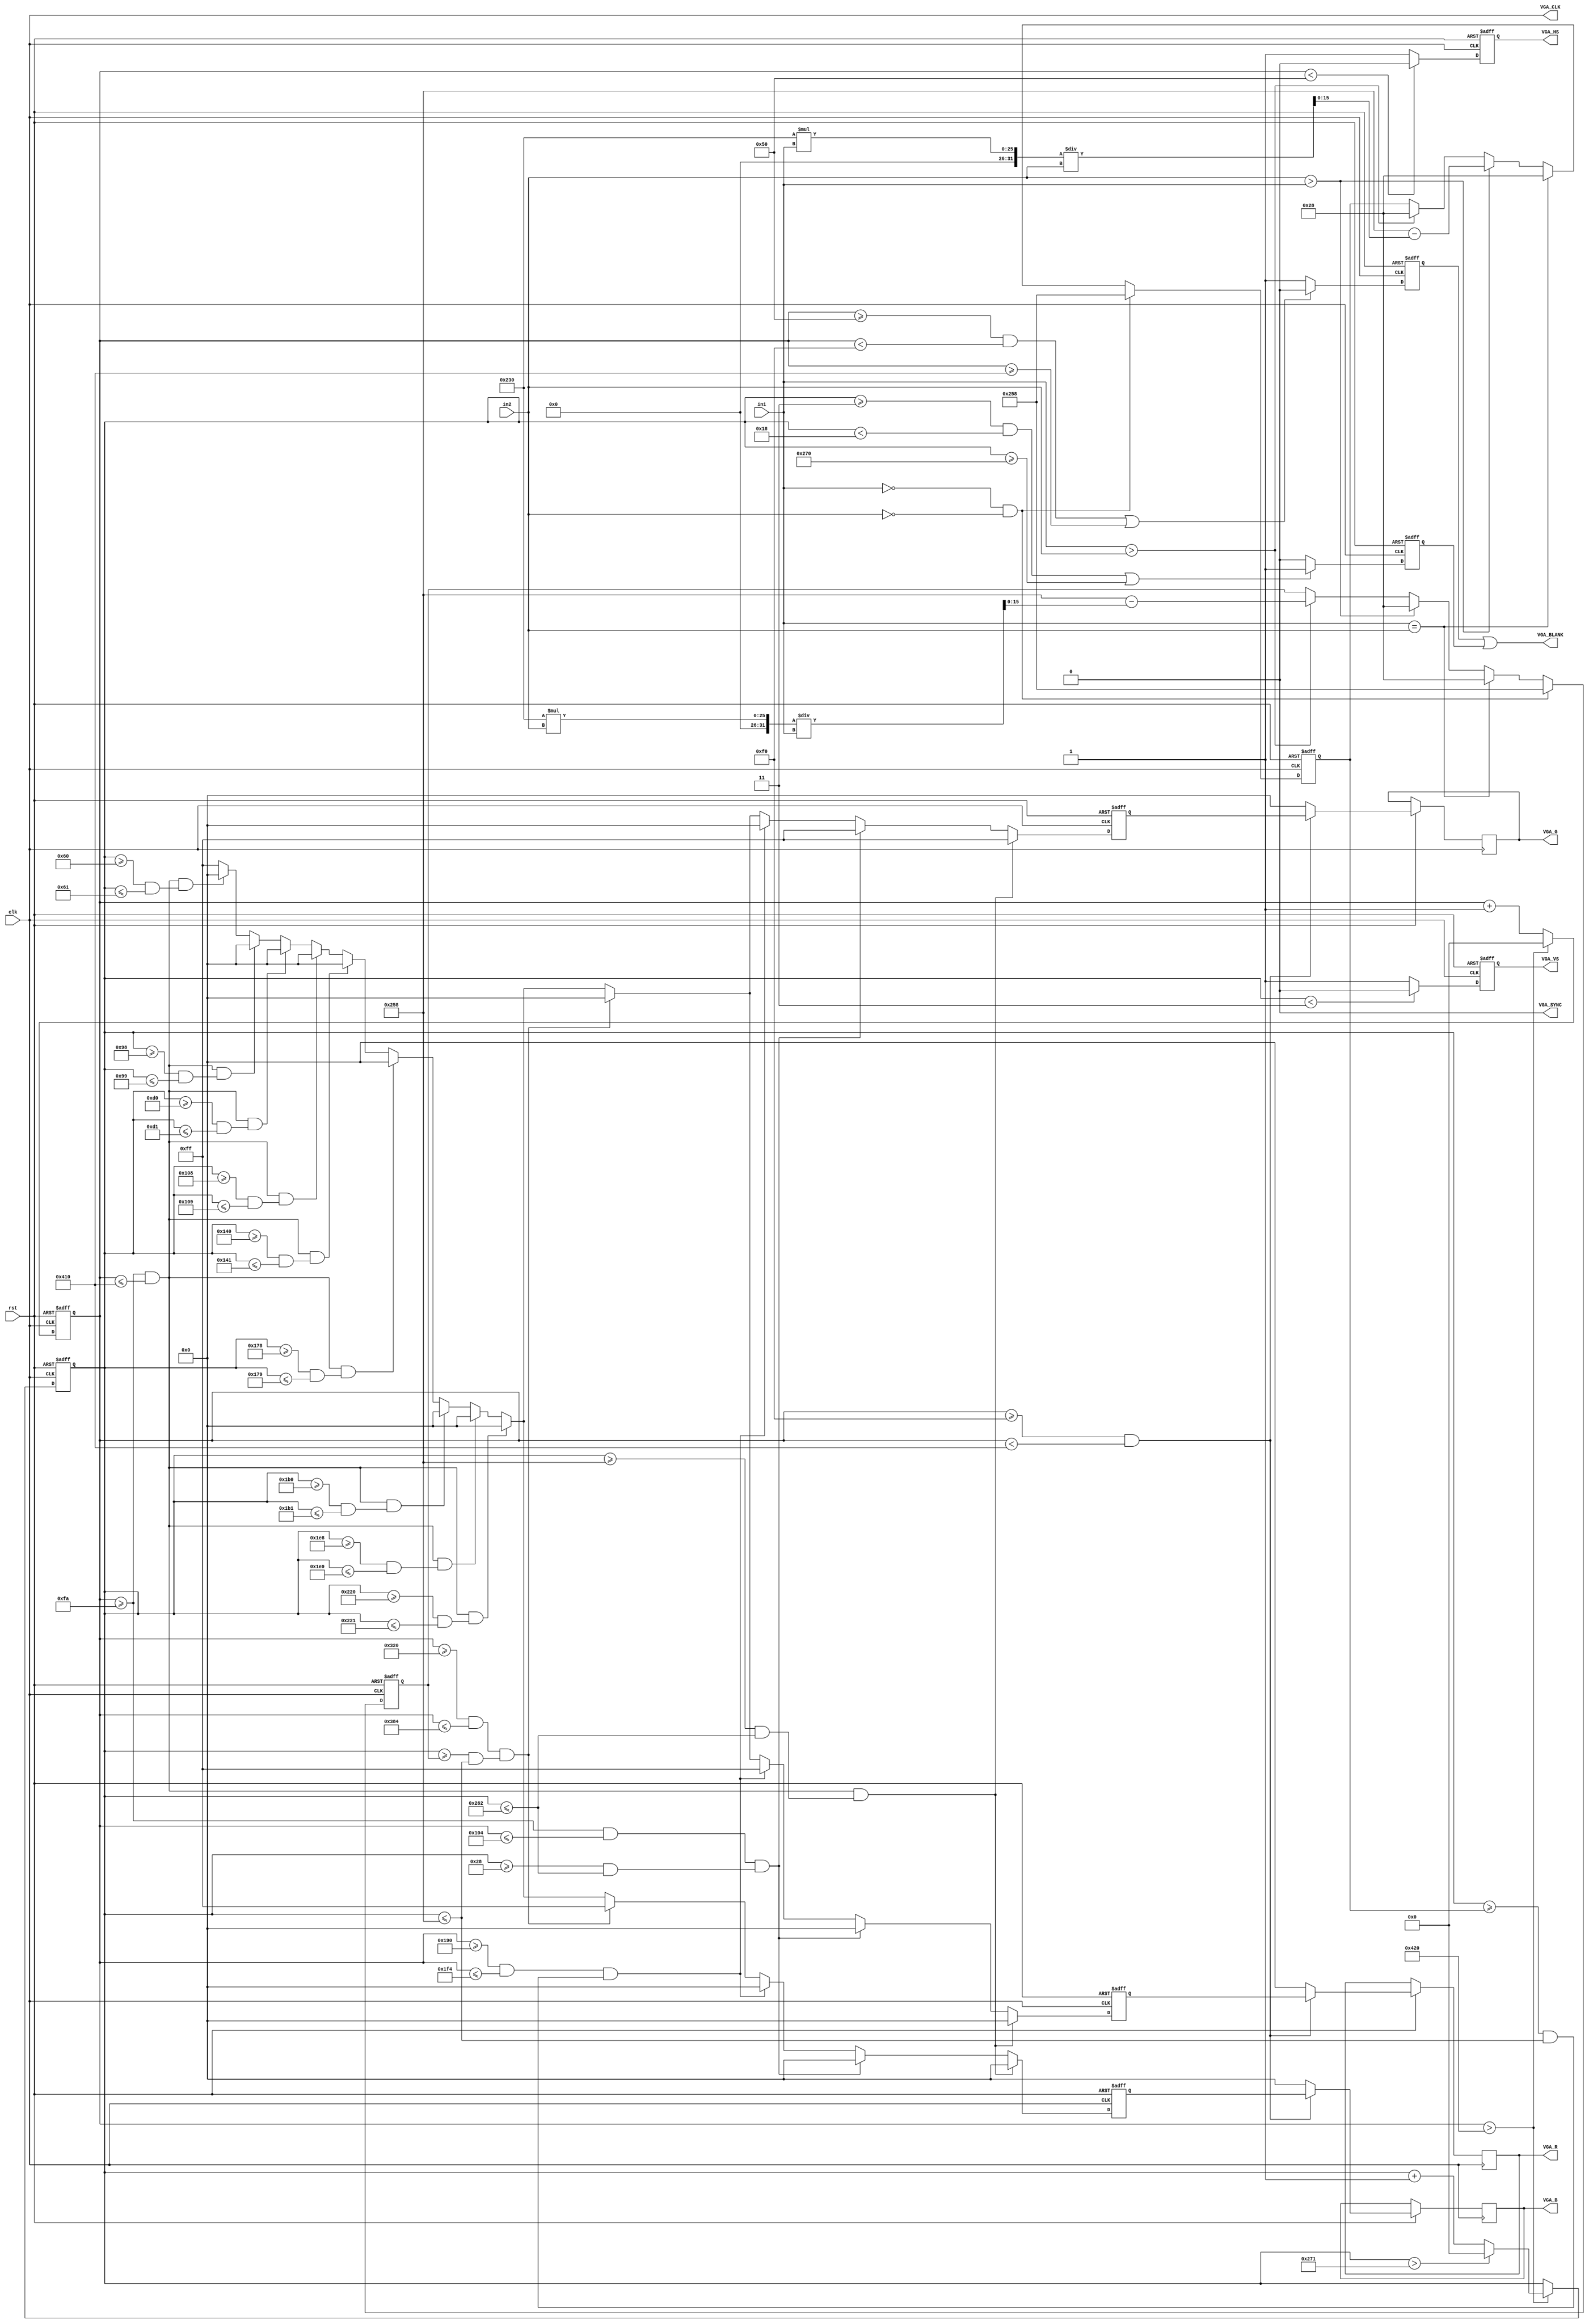
module vga_out(clk, rst,VGA_R, VGA_G, VGA_B,VGA_HS, VGA_VS,VGA_CLK,VGA_SYNC, VGA_BLANK,in1,in2);

input clk,rst;
input [15:0] in1;
input [15:0] in2;
reg [15:0] height1;
reg [15:0] height2;

output [7:0] VGA_R, VGA_G, VGA_B;
output VGA_BLANK, VGA_SYNC, VGA_CLK, VGA_HS, VGA_VS;
reg [31:0] pc, lc;

reg [7:0] VGA_R, VGA_G, VGA_B;
reg  VGA_HS, VGA_VS, h_blank, v_blank;


wire VGA_BLANK, VGA_SYNC;
// influences green only, may not be needed
assign VGA_SYNC = 0;

assign VGA_BLANK = h_blank || v_blank;
assign VGA_CLK = clk;

//output [7:0]r,g,b;
reg [7:0]r,g,b;

//assign in1=256;


always @(posedge clk or negedge rst)
if (rst==1'b0)begin
	height1=40;
	height2=40;
	end
else begin
	if (in1>in2)begin
		height1<=40;
		height2<=600-560*in2/in1;
		end
	if (in2>in1) begin	
		height2<=40;
		height1<=600-560*in1/in2;
		end
	if(in1==in2) begin 
		height2<=40;
		height1<=40;
		end 
	if (in1==0 &&in2==0)begin
		height1<=600;
		height2<=600;
	end
	end

// left 250-----1040
// top 40---624
parameter
		sqpclx=250,sqpcrx=1040,sqlctx=600, sqlcbx=610;
parameter
		sqpcly=250,sqpcry=260,sqlcty=40, sqlcby=610;
parameter
		sqpcl1=400,sqpcr1=500, sqlcb1=600;
parameter
		sqpcl2=800,sqpcr2=900, sqlcb2=600;
parameter
		sqpclg1=250,sqpcrg1=1040,sqlctg1=544, sqlcbg1=545;
parameter
		sqpclg2=250,sqpcrg2=1040,sqlctg2=488, sqlcbg2=489;
parameter
		sqpclg3=250,sqpcrg3=1040,sqlctg3=432, sqlcbg3=433;
parameter
		sqpclg4=250,sqpcrg4=1040,sqlctg4=376, sqlcbg4=377;
parameter
		sqpclg5=250,sqpcrg5=1040,sqlctg5=320, sqlcbg5=321;
parameter
		sqpclg6=250,sqpcrg6=1040,sqlctg6=264, sqlcbg6=265;
parameter
		sqpclg7=250,sqpcrg7=1040,sqlctg7=208, sqlcbg7=209;
parameter
		sqpclg8=250,sqpcrg8=1040,sqlctg8=152, sqlcbg8=153;
parameter
		sqpclg9=250,sqpcrg9=1040,sqlctg9=96, sqlcbg9=97;


		
		
always@(posedge clk or negedge rst)
begin
	if (rst==1'b0)
		begin
		r<=8'hff;
		g<=8'hff;
		b<=8'hff;
		end
		else
		begin 
			if((pc>=sqpclx && pc<=sqpcrx)&&(lc>=sqlctx && lc <=sqlcbx))//x 
			begin
				r<=8'h0;
				g<=8'hff;
				b<=8'h0;
			end
			else if ((pc>=sqpcly && pc<=sqpcry)&&(lc>=sqlcty && lc <=sqlcby))//y
			begin
				r<=8'h0;
				g<=8'hff;
				b<=8'h0;
			end
			else if ((pc>=sqpcl1 && pc<=sqpcr1)&&(lc>=height1 && lc <=sqlcb1))//1
			begin
				r<=8'hff;
				g<=8'h0;
				b<=8'h0;
			end
			else if ((pc>=sqpcl2 && pc<=sqpcr2)&&(lc>=height2 && lc <=sqlcb2))//2
			begin
				r<=8'h0;
				g<=8'h0;
				b<=8'hff;
			end
			else if ((pc>=sqpclg1 && pc<=sqpcrg1)&&(lc>=sqlctg1 && lc <=sqlcbg1))
			begin
				r<=8'h0;
				g<=8'h0;
				b<=8'h0;
			end
			else if ((pc>=sqpclg2 && pc<=sqpcrg2)&&(lc>=sqlctg2 && lc <=sqlcbg2))
			begin
				r<=8'h0;
				g<=8'h0;
				b<=8'h0;
			end
			else if ((pc>=sqpclg3 && pc<=sqpcrg3)&&(lc>=sqlctg3 && lc <=sqlcbg3))
			begin
				r<=8'h0;
				g<=8'h0;
				b<=8'h0;
			end
			else if ((pc>=sqpclg4 && pc<=sqpcrg4)&&(lc>=sqlctg4 && lc <=sqlcbg4))
			begin
				r<=8'h0;
				g<=8'h0;
				b<=8'h0;
			end
			else if ((pc>=sqpclg5 && pc<=sqpcrg5)&&(lc>=sqlctg5 && lc <=sqlcbg5))
			begin
				r<=8'h0;
				g<=8'h0;
				b<=8'h0;
			end
			else if ((pc>=sqpclg6 && pc<=sqpcrg6)&&(lc>=sqlctg6 && lc <=sqlcbg6))
			begin
				r<=8'h0;
				g<=8'h0;
				b<=8'h0;
			end
			else if ((pc>=sqpclg7 && pc<=sqpcrg7)&&(lc>=sqlctg7 && lc <=sqlcbg7))
			begin
				r<=8'h0;
				g<=8'h0;
				b<=8'h0;
			end
			else if ((pc>=sqpclg8 && pc<=sqpcrg8)&&(lc>=sqlctg8 && lc <=sqlcbg8))
			begin
				r<=8'h0;
				g<=8'h0;
				b<=8'h0;
			end
			else if ((pc>=sqpclg9 && pc<=sqpcrg9)&&(lc>=sqlctg9 && lc <=sqlcbg9))
			begin
				r<=8'h0;
				g<=8'h0;
				b<=8'h0;
			end
			else
			begin 
				r<=8'hff;
				g<=8'hff;
				b<=8'hff;
			end
		end
		
end


parameter hpixeltotal = 1056;
parameter hpixelwith =     800;
parameter hsynctime = 80;
parameter hfpte = 240;
parameter hbpts = 1040;

parameter vpixeltotal = 625;
parameter vpixelwith =  600;
parameter vsynctime = 3;
parameter vfpte = 24;
parameter vbpts =  624;

// pixel counter and line counter
always@(posedge clk or negedge rst)
begin
	if (rst==1'b0)
		begin
		pc<=32'd0;
		lc<=32'd0;
		end
		else
		if (pc>hpixeltotal)
			begin
				pc<=32'd0;
				if (lc>vpixeltotal)
					lc<=32'd0;
				else
					lc<= lc+1;
			end
		else
			pc<= pc+1;


end

//horizontal outputs
always@(posedge clk or negedge rst)
begin
	if (rst == 1'b0)
		begin 
		VGA_HS<=1'b0;
		h_blank<=1'b1;
	
		end
	else
	
	begin
	
	
	//HSYNC
	if (pc<hsynctime)
		VGA_HS<=1'b0;
	else
		VGA_HS<=1'b1;
	
	//Back porch and Front porch
	if ((pc>=hsynctime && pc<hfpte)|| (pc>=hbpts))
		h_blank<=1'b0;
	else
		h_blank<=1'b1;
	
	// horizontal visible area
	if (pc>=hfpte && pc<hbpts)
		begin
		//read frame buffer
		VGA_R<=r;
		VGA_G<=g;
		VGA_B<=b;
		end
	else
		begin
		//dont read frame buffer
		//included to remove infered latch
		VGA_R<=8'h00;
		VGA_G<=8'h00;
		VGA_B<=8'h00;
		end
	end// end else rst
end//always



// vertical outputs
always@(posedge clk or negedge rst)
begin 
	if (rst ==1'b0)
		begin
		VGA_VS<=1'b0;
		v_blank <= 1'b0;
		end
	else
	
	begin
	
	//vsync
	if (lc<vsynctime)
		VGA_VS<=1'b0;
	else
		VGA_VS <= 1'b1;
	
	// Back porch or front porch
	if ((lc >=vsynctime && lc<vfpte)|| lc>=vbpts)
		v_blank<=1'b1;
	else
		v_blank <= 1'b0;
	
	//vertical visible area
		// nothing else needs to be done
		//lc >= 32'd29 && lc< 32'd629
		
	end// end rst else

end
endmodule